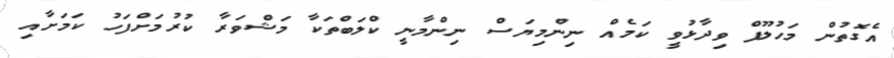
އެގޮތުން މަހުލޫފް ވިދާޅުވީ ކަމެއް ނިންމިޔަސް ނިންމާނީ ކްލަބްތަކާ މަޝްވަރާ ކުރުމަށްފަހު ކަމަށާއި